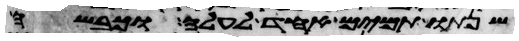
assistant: שנתו תמים אחד לעלה וכבשה